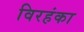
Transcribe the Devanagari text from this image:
विरहंका